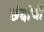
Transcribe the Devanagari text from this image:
छंदांची